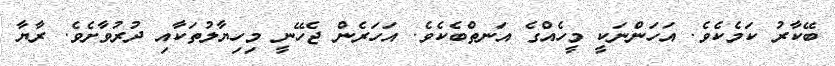
ބޭކާރު ކަމެކެވެ. އަހަންނަކީ މީހެއްގެ އަނތްބެކެވެ. އަހަރެން ޖެހޭނީ މިހިޔާލުތަކާއި ދުރުވާށެވެ. ރާޔާ